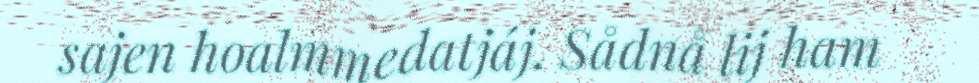
sajen hoalmmedatjáj. Sådnå lij ham